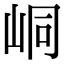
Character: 峒